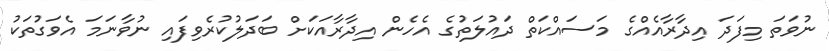
ނުވަތަ މިފަދަ އިދާރާއެއްގެ މަސައްކަތް ދައުލަތުގެ އެހެން އިދާރާއަކަށް ބަދަލުކުރެވިފައި ނުވާނަމަ އެވަގުތަކު